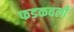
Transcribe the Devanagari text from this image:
फडकवली